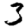
Digit: 3